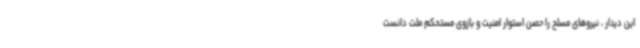
این دیدار ، نیروهای مسلح را حصن استوار امنیت و بازوی مستحکم ملت دانست